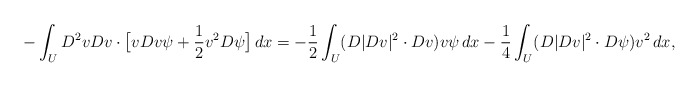
\begin{align*} &- \int_U D^2v Dv \cdot \big[vDv \psi+\frac12 v^2 D\psi\big]\,dx =- \frac12 \int_U (D|Dv|^2\cdot Dv) v \psi\,dx-\frac14 \int_U (D|Dv|^2\cdot D\psi)v^2 \,dx,\end{align*}